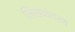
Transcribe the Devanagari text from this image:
लिख्यांतरण